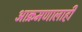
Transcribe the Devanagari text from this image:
आक्रमणालाही